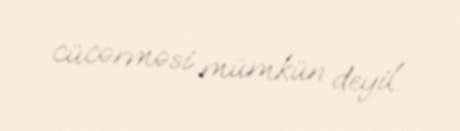
cücərməsi mümkün deyil.